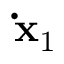
\mathbf { \dot { x } } _ { 1 }